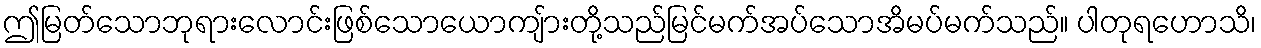
ဤမြတ်သောဘုရားလောင်းဖြစ်သောယောကျ်ားတို့သည်မြင်မက်အပ်သောအိမပ်မက်သည်။ ပါတုရဟောသိ၊